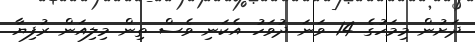
ދަށުން މިމަހުގެ 14 ވަނަ ދުވަހު އެކަނި ވެސް ތިން މިލިއަން ރުފިޔާ